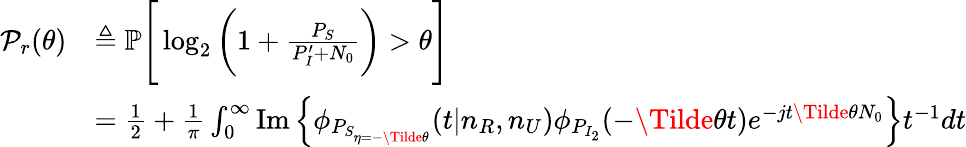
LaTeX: \begin{array}{rl}{\mathcal{P}_{r}(\theta)}&{\triangleq\mathbb{P}\Bigg[\log_{2}\bigg(1+\frac{P_{S}}{P_{I}^{\prime}+N_{0}}\bigg)>\theta\Bigg]}\\ &{=\frac{1}{2}+\frac{1}{\pi}\int_{0}^{\infty}\operatorname{Im}\Big\{ \phi_{P_{S_{\eta=-\Tilde{\theta}}}}(t|n_{R},n_{U})\phi_{P_{I_{2}}}(-\Tilde{\theta}t)e^{-jt\Tilde{\theta}N_{0}}\Big\} t^{-1}dt}\end{array}